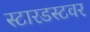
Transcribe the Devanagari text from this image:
स्टारडस्टवर